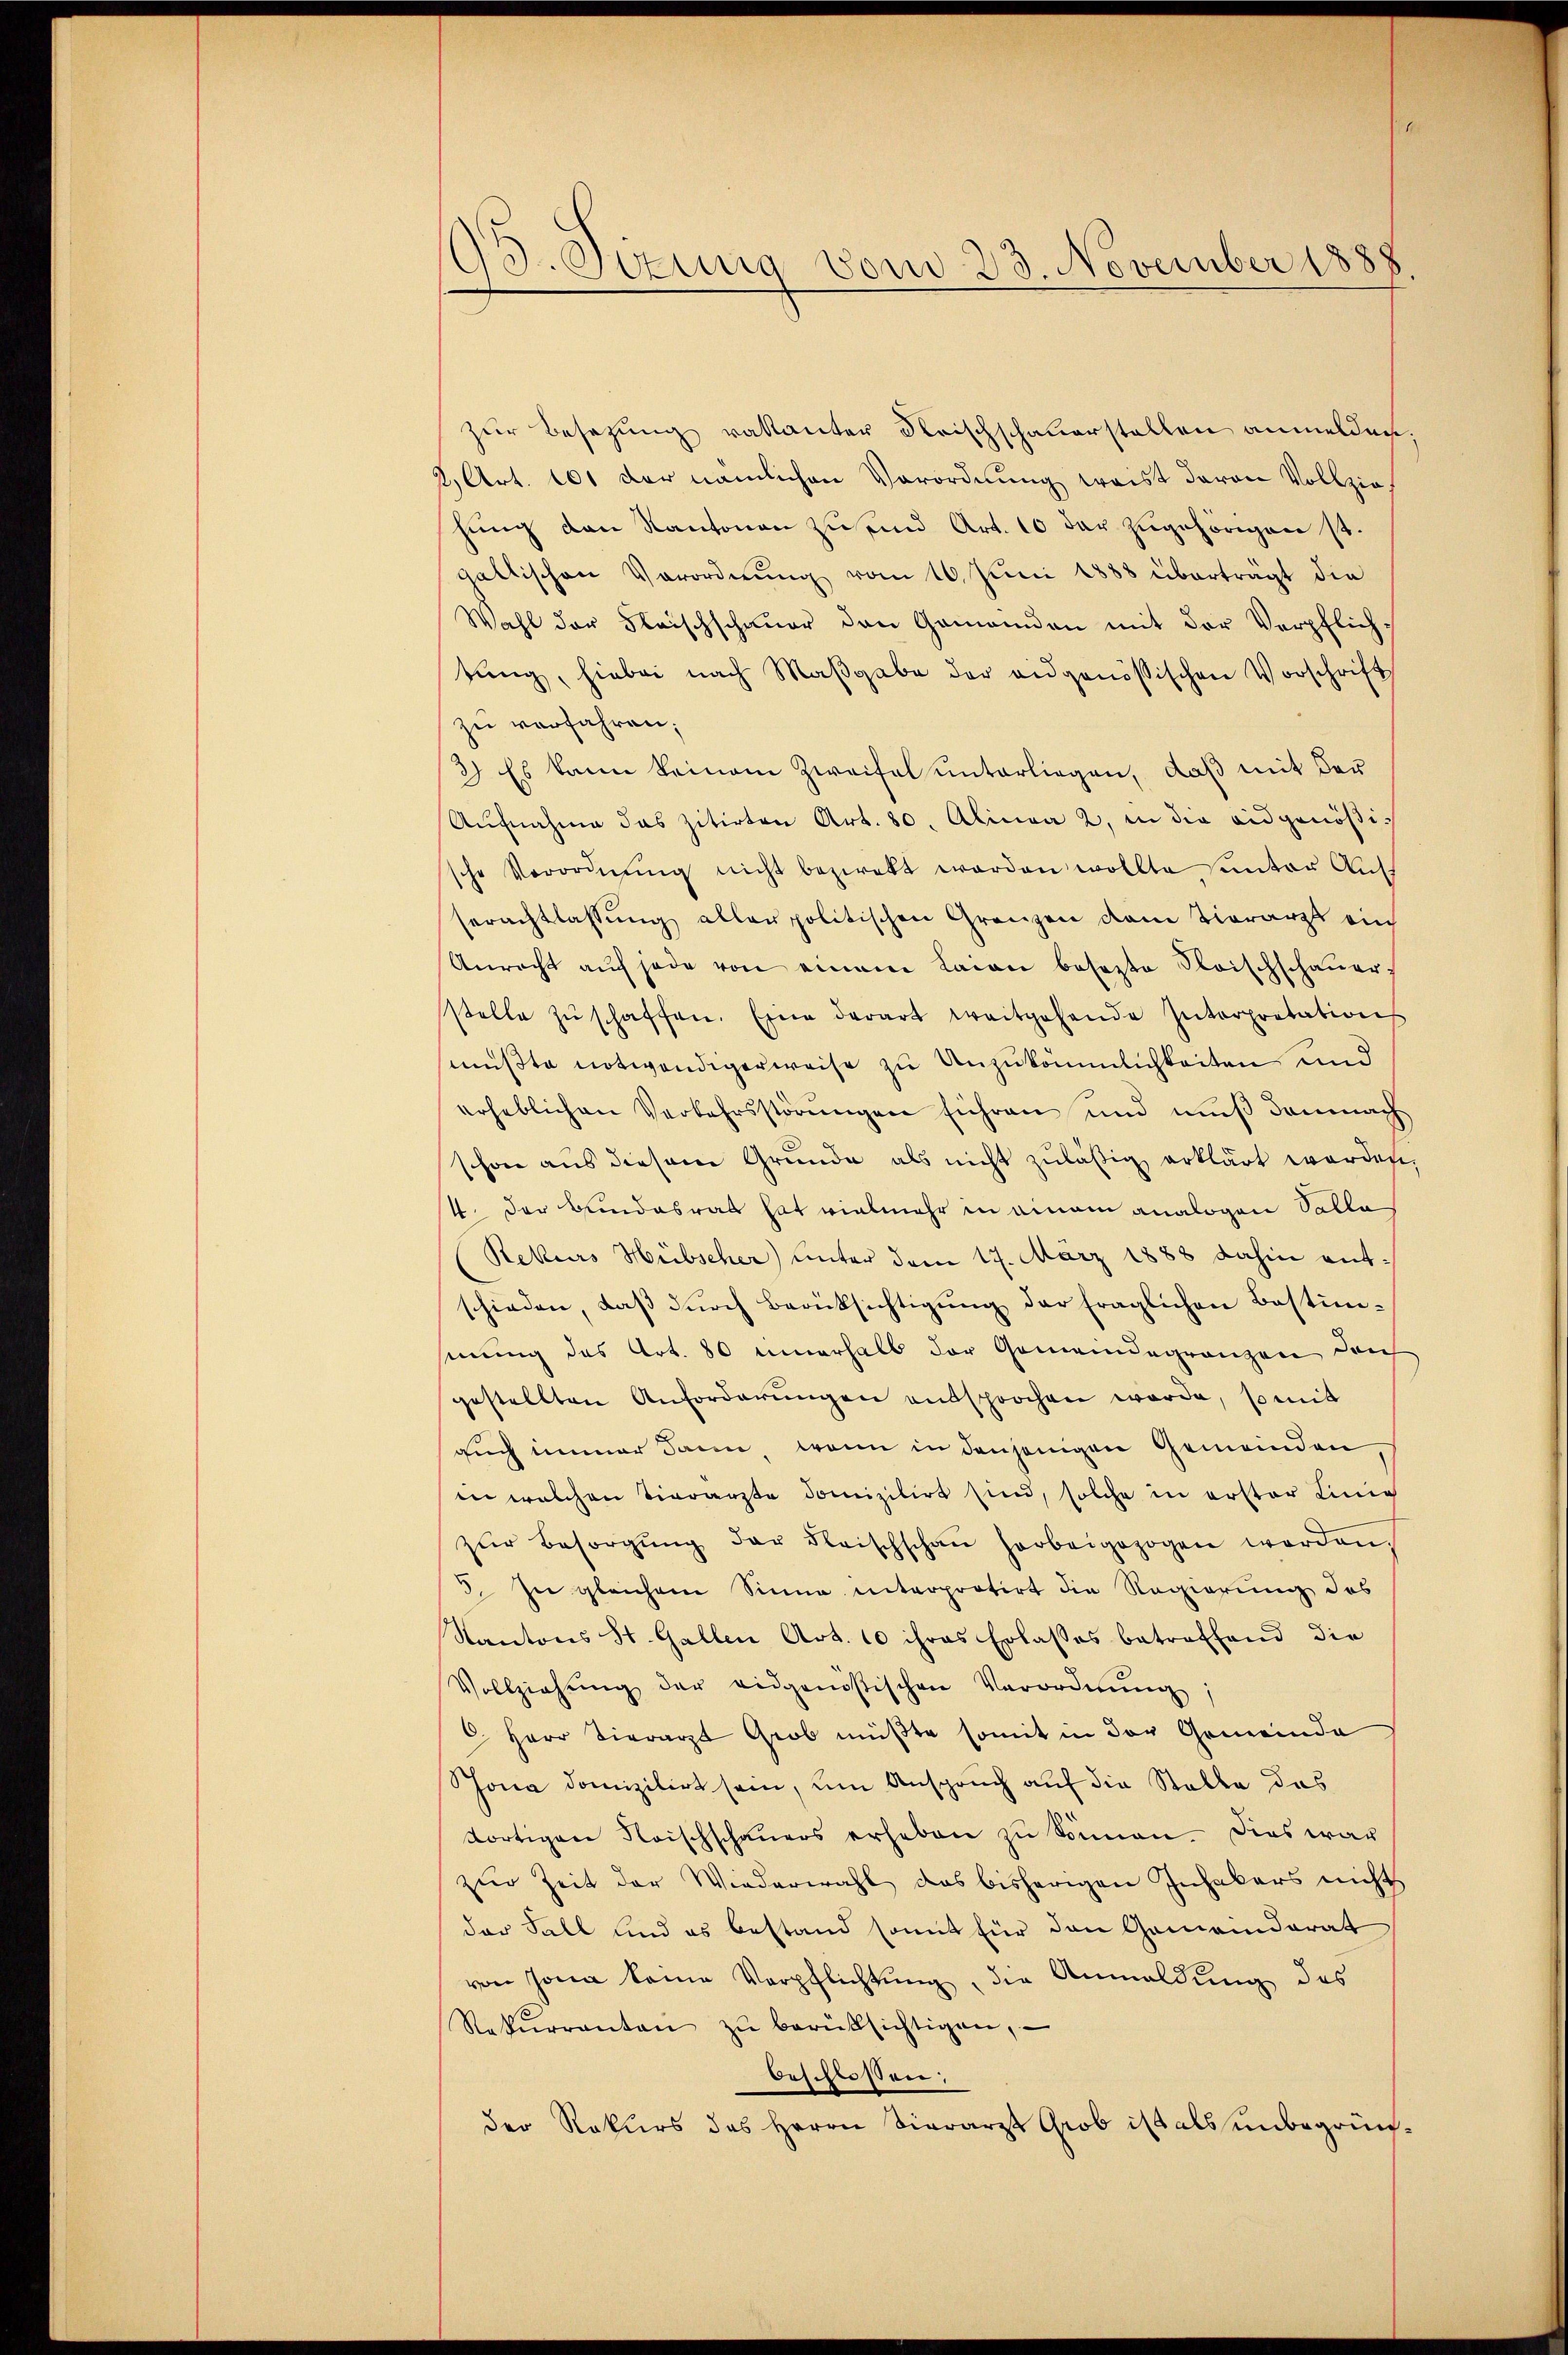
93. Sizung vom 23. November 1888.

zur Besetzung vakanter Reischschauerstellen anmelden,
2, Art. 101 der nämlichen Verordnung waist davon Vollziehung den Kantonen zu und Art. 10 der zugehörigen ist.
gallischen Verordnŭng vom 10. Jŭni 1888 überträgt die
Wahl der Fleischschaŭer den Gemeinden mit der Verpflichtŭng, hiebei nach Maβgabe der eidgenössischen Vorschrift
zu verfahren;
2) Es kann keinem Zweifel unterliegen, daß mit der
Aufnahme das zitirten Art. 30. Alinea 2. in die eidgenößische Verordnŭng nicht bezwekt worden wollte unter Auss
serachtlassŭng aller politischen Grenzen dem Tierarzt ein
Anrecht aŭf jede von einem Laien besezte Frischschaŭer
stelle zŭ schaffen. Eine derart weitgehende Interpretation
mußte notwendigerweise zu Unzukömmlichkeiten und
erheblichen Verkehrsstörŭngen führen und mŭβ demnach
schon aus diesem Grŭnde als nicht zuläßig erklärt worden,
4. Der Bundesrat hat vielmehr in einem analogen Salla
Rekurs Hübscher) unter dem 17. März 1888 dahin antschieden, daβ dŭrch Berücksichtigŭng der fraglichen Bestim-
sinung des Art. 80 innerhalb der Gemeindegränzen durch
gestellten Anforderŭngen entsprochen worde, so mit
auch immer dann wenn in denjenigen Gemeinden
in welchen Vierärzte domizilirt sind, solche in erster Linie
zŭr Besorgŭng der Fleischschaŭ herbeigezogen werden,
5. In gleichem Sinne interprotirt die Regierung des
Kantons St. Gallen Art. 10 ihres Erlasses betreffend die
Vollziehŭng der eidgenößischen Verordnŭng
6. Herr Tierarzt Grob müßte somit in der Gemeinde
Jona domizilirt sein, um Anspruch auf die Stalle das
dortigen Reischschaŭers erheben zŭ Simon. Dies war
zŭr Zeit der Wiederwahl das bisherigen Inhabers nicht
der Fall sind es bestand somit für den Gemeinderat
von Jona keine Verpflichtung, die Anmeldung des
Rekŭrranten zŭ berüksichtigen,
beschlossen;
der Rekurs des Herrn Sierarzt Grob ist als unbegrün¬